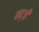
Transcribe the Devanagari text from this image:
नब्ज़ी